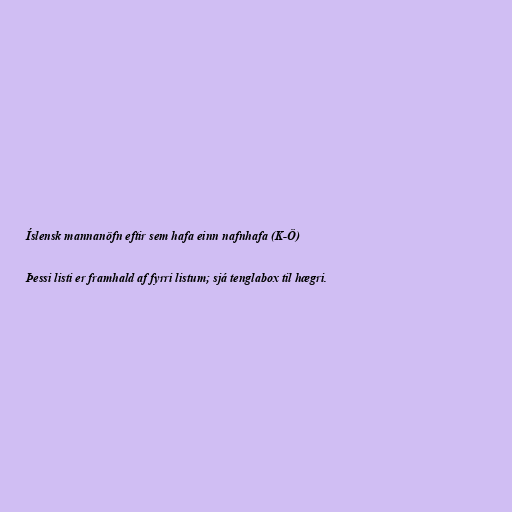
Íslensk mannanöfn eftir sem hafa einn nafnhafa (K-Ö)

Þessi listi er framhald af fyrri listum; sjá tenglabox til hægri.